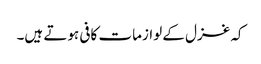
کہ غزل کے لوازمات کافی ہوتے ہیں۔